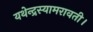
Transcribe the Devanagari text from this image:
यथेन्‍द्रस्‍यामरावती।